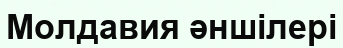
Молдавия әншілері